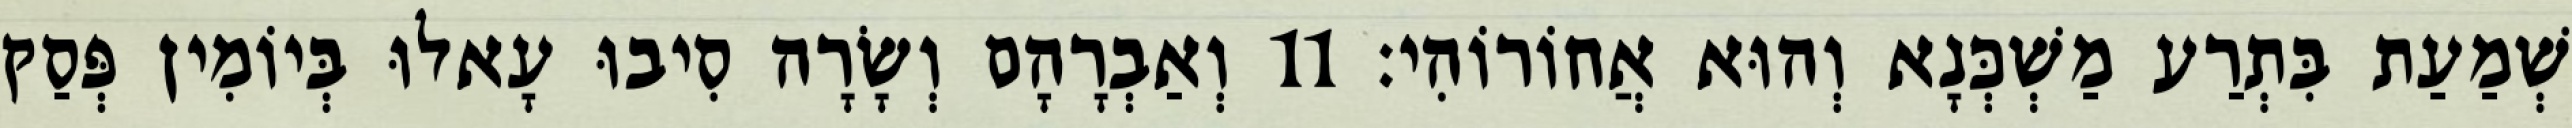
שְׁמַעַת בִּתְרַע מַשְׁכְּנָא וְהוּא אֲחוֹרוֹהִי׃ 11 וְאַבְרָהָם וְשָׂרָה סִיבוּ עָאלוּ בְּיוֹמִין פְּסַק